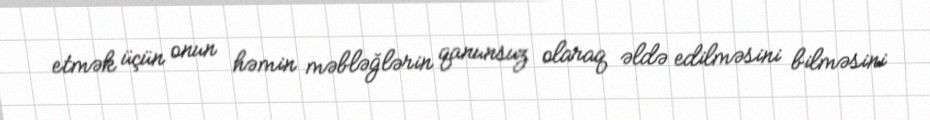
etmək üçün onun həmin məbləğlərin qanunsuz olaraq əldə edilməsini bilməsini